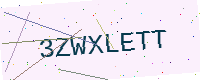
Text: 3ZWXLETT